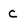
Character: C